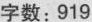
字数：919